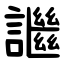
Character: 䜝